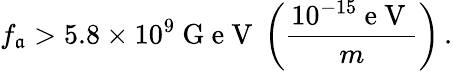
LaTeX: f_{\mathfrak{a}}>5.8\times10^{9}\mathrm{{~G~e~V~}}\left(\frac{{10^{-15}\mathrm{{~e~V~}}}}{{m}}\right)\, .